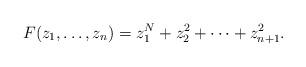
LaTeX: \begin{align*}F(z_1,\ldots, z_n) = z_1^N + z_2^2+\cdots+ z_{n+1}^2 .\end{align*}